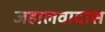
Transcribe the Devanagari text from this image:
जहालवादास